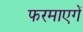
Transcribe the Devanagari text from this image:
फरमाएगें